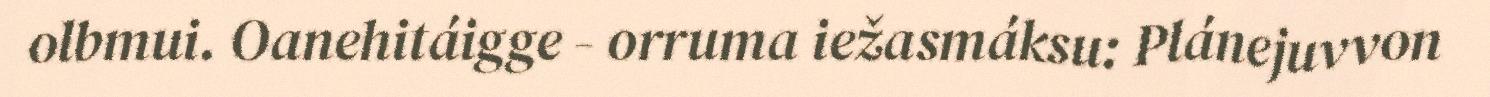
olbmui. Oanehitáigge - orruma iežasmáksu: Plánejuvvon